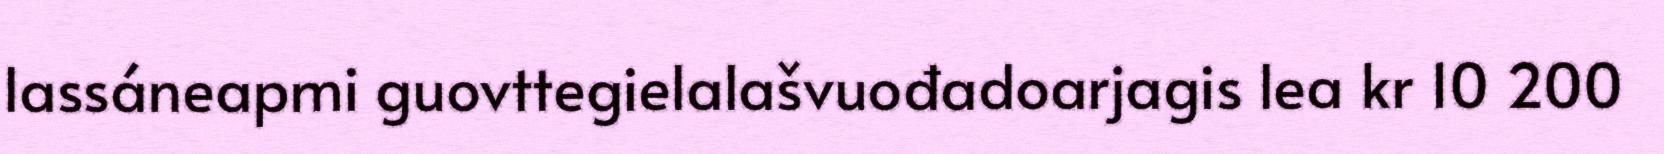
lassáneapmi guovttegielalašvuođadoarjagis lea kr 10 200